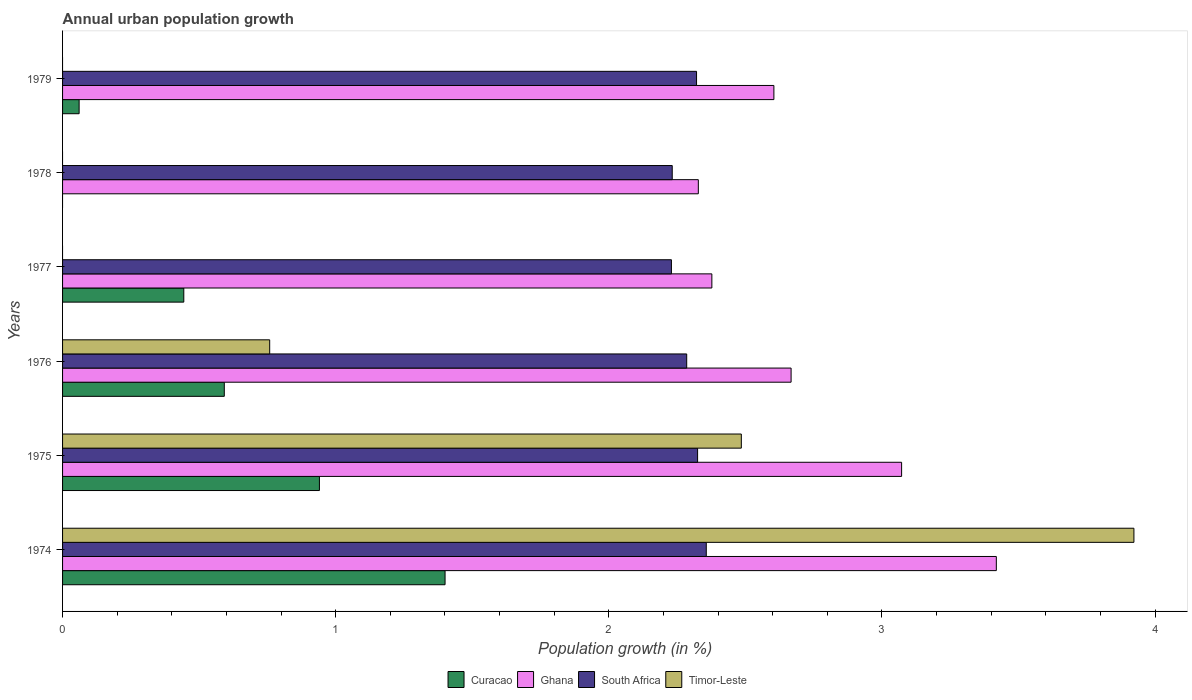
| Years | Curacao | Ghana | South Africa | Timor-Leste |
 | --- | --- | --- | --- | --- |
 | 1974 | 1.4 | 3.42 | 2.36 | 3.92 |
 | 1975 | 0.94 | 3.07 | 2.33 | 2.49 |
 | 1976 | 0.592 | 2.67 | 2.29 | 0.758 |
 | 1977 | 0.444 | 2.38 | 2.23 | -0.732 |
 | 1978 | -0.354 | 2.33 | 2.23 | -1.42 |
 | 1979 | 0.0606 | 2.6 | 2.32 | -0.832 |